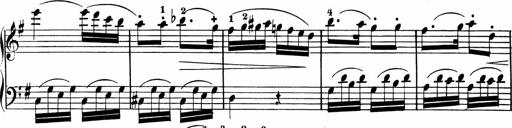
Title: Rosen ohne Dornen
Composer: Gustav Lange